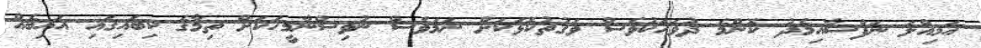
އަމިއްލަ ނަފްސާއިމެދު ކޮންމެ ދުވަހަކުވެސް ވަގުތުކޮޅަކަށް ނަމަވެސް ނުވިސްނާމީހަކަށް ތިމާގެ ކިބައިގައި އައިބެއް